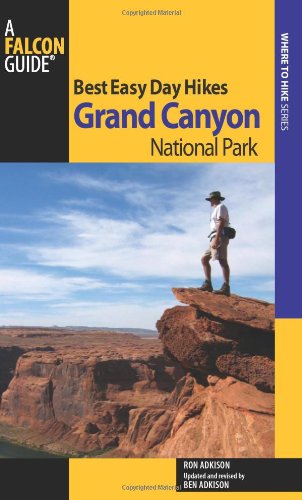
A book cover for Best Easy Day Hikes Grand Canyon National Park (Best Easy Day Hikes Series); Ron Adkison; Travel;